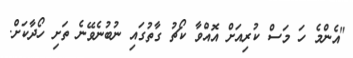
"އެންމެ ހަ މަސް ކުރިއަށް އޮއްވާ ކޯޗު ގާތުގައި ނުބުނެވޭނެ ތަށި ހޯދާކަށް.